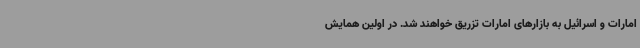
امارات و اسرائیل به بازارهای امارات تزریق خواهند شد. در اولین همایش